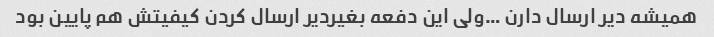
همیشه دیر ارسال دارن …ولی این دفعه بغیردیر ارسال کردن کیفیتش هم پایین بود